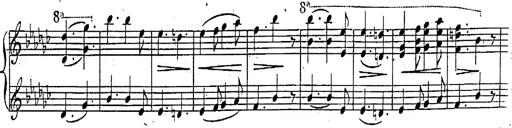
Title: Marche et Cavatine de Lucie de Lammermoor, S.398
Composer: Franz Liszt